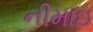
નીમાઇ